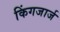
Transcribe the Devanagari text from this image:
किंगजार्ज